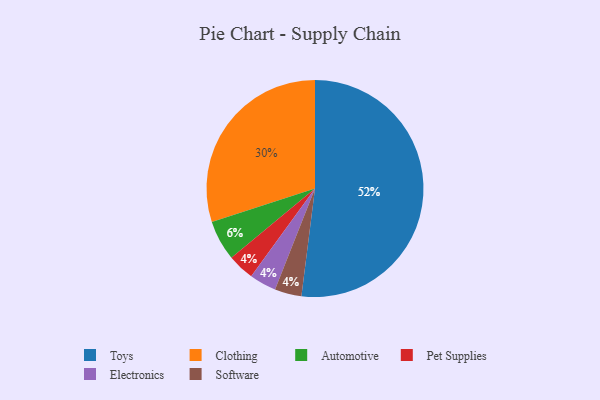
{"axis": {"x": "Category", "y": "Percentage"}, "legend": ["Automotive", "Clothing", "Electronics", "Pet Supplies", "Software", "Toys"], "data": [{"x": "Clothing", "y": 30, "type": "Clothing"}, {"x": "Automotive", "y": 6, "type": "Automotive"}, {"x": "Pet Supplies", "y": 4, "type": "Pet Supplies"}, {"x": "Toys", "y": 52, "type": "Toys"}, {"x": "Electronics", "y": 4, "type": "Electronics"}, {"x": "Software", "y": 4, "type": "Software"}]}